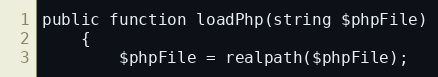
Language: PHP
public function loadPhp(string $phpFile)
    {
        $phpFile = realpath($phpFile);